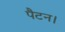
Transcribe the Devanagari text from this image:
पैटन।